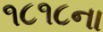
૧૮૧૮ના